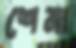
শেনা